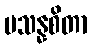
ပသန္နစိတာ